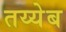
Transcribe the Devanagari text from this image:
तय्येब